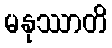
မနုဿာတိ